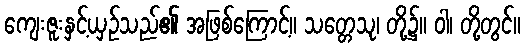
ကျေးဇူးနှင့်ယှဉ်သည်၏ အဖြစ်ကြောင့်။ သတ္တေသု၊ တို့၌။ ဝါ၊ တို့တွင်။